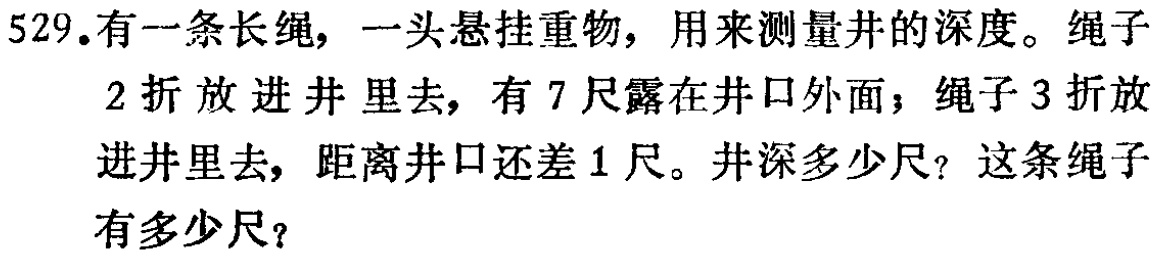
529.有一条长绳，一头悬挂重物，用来测量井的深度。绳子

2折放进井里去，有7尺露在井口外面；绳子3折放

进井里去，距离井口还差1尺。井深多少尺？这条绳子

有多少尺？